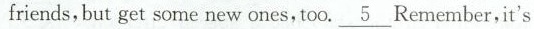
friends, but get some new ones,too.\underline{5} Remember,it's